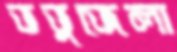
ভভুজেলা